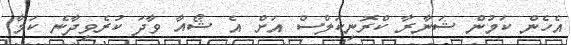
އެހެން ކަމުން ޝަނާރާ ކްރޮނިކަލްސް އަށް އެ ޝޯއާ ވާދަ ކުރެވިދާނެ ކަމާ